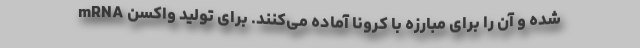
شده و آن را برای مبارزه با کرونا آماده می‌کنند. برای تولید واکسن mRNA